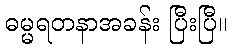
ဓမ္မရတနာအခန်း ပြီးပြီ။